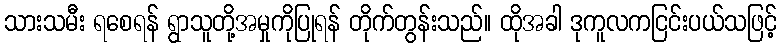
သားသမီး ရစေရန် ရွာသူတို့အမှုကိုပြုရန် တိုက်တွန်းသည်။ ထိုအခါ ဒုကူလကငြင်းပယ်သဖြင့်